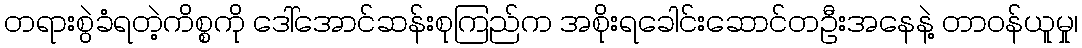
တရားစွဲခံရတဲ့ကိစ္စကို ဒေါ်အောင်ဆန်းစုကြည်က အစိုးရခေါင်းဆောင်တဦးအနေနဲ့ တာဝန်ယူမှု၊